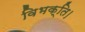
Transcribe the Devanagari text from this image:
विभक्ति।